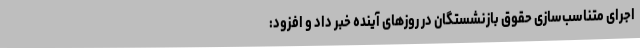
اجرای متناسب‌سازی حقوق بازنشستگان در روزهای آینده خبر داد و افزود: